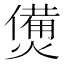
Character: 𤏛